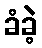
ခံခဲ့